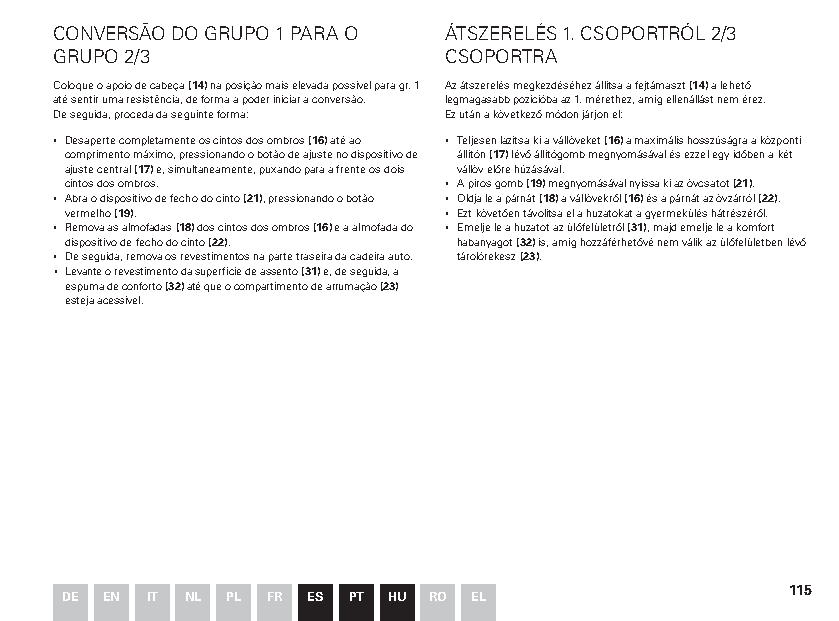
CONVERSÃO DO GRUPO 1 PARA O ÁTSZERELÉS 1. CSOPORTRÓL 2/3
 GRUPO 2/3                CSOPORTRA
 Coloque o apoio de cabeça (14) na posição mais elevada possível para gr. 1 Az átszerelés megkezdéséhez állítsa a fejtámaszt (14) a lehető
 até sentir uma resistência, de forma a poder iniciar a conversão. legmagasabb pozícióba az 1. mérethez, amíg ellenállást nem érez.
 De seguida, proceda da seguinte forma: Ez után a következő módon járjon el:
 ▪ Desaperte completamente os cintos dos ombros (16) até ao ▪ Teljesen lazítsa ki a vállöveket (16) a maximális hosszúságra a központi
 comprimento máximo, pressionando o botão de ajuste no dispositivo de állítón (17) lévő állítógomb megnyomásával és ezzel egy időben a két
 ajuste central (17) e, simultaneamente, puxando para a frente os dois vállöv előre húzásával.
 cintos dos ombros.       ▪ A piros gomb (19) megnyomásával nyissa ki az övcsatot (21).
 ▪ Abra o dispositivo de fecho do cinto (21), pressionando o botão ▪ Oldja le a párnát (18) a vállövekről (16) és a párnát az övzárról (22).
 vermelho (19).           ▪ Ezt követően távolítsa el a huzatokat a gyermekülés hátrészéről.
 ▪ Remova as almofadas (18) dos cintos dos ombros (16) e a almofada do ▪ Emelje le a huzatot az ülőfelületről (31), majd emelje le a komfort
 dispositivo de fecho do cinto (22). habanyagot (32) is, amíg hozzáférhetővé nem válik az ülőfelületben lévő
 ▪ De seguida, remova os revestimentos na parte traseira da cadeira auto. tárolórekesz (23).
 ▪ Levante o revestimento da superfície de assento (31) e, de seguida, a
 espuma de conforto (32) até que o compartimento de arrumação (23)
 esteja acessível.
 115
 DE EN IT NL PL FR ES PT HU RO EL